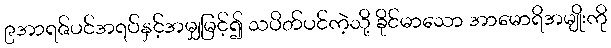
၉အာရဇ်ပင်အရပ်နှင့်အမျှမြင့်၍ သပိတ်ပင်ကဲ့သို့ ခိုင်မာသော အာမောရိအမျိုးကို